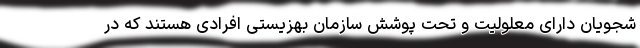
شجویان دارای معلولیت و تحت پوشش سازمان بهزیستی افرادی هستند که در